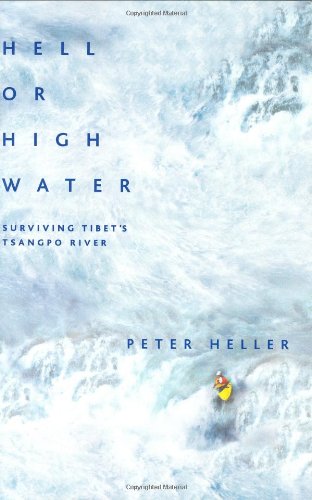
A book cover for Hell or High Water: Surviving Tibet's Tsangpo River; Peter Heller; Travel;